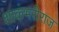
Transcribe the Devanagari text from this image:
शाकंभरीराज